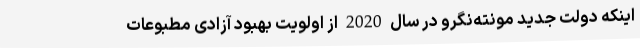
اینکه دولت جدید مونته‌نگرو در سال 2020 از اولویت بهبود آزادی مطبوعات